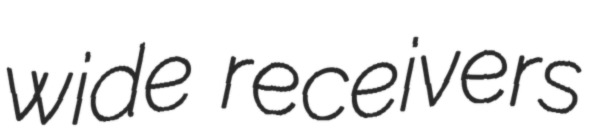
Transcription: wide receivers